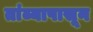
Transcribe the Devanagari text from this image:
तांब्यापासून